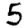
Digit: 5